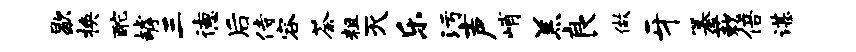
歇换酡罅三德后侍容荼粗灭乐污声峭羔良做牙纂蔌倍谌